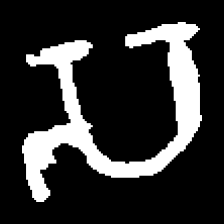
Pyu character \u2014 Myanmar letter: သ (romanized: sa)